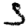
Digit: 5